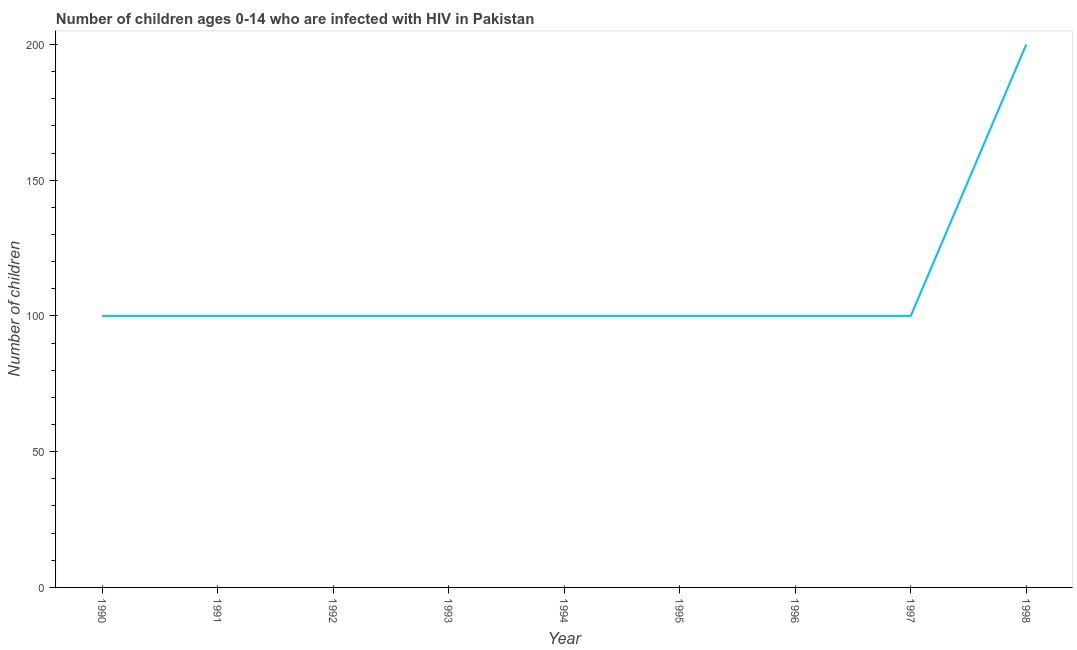
| Year | Children (0-14) living with HIV |
 | --- | --- |
 | 1990 | 100 |
 | 1991 | 100 |
 | 1992 | 100 |
 | 1993 | 100 |
 | 1994 | 100 |
 | 1995 | 100 |
 | 1996 | 100 |
 | 1997 | 100 |
 | 1998 | 200 |